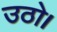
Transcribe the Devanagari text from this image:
उठो।